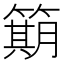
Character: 𫂣